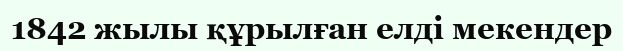
1842 жылы құрылған елді мекендер